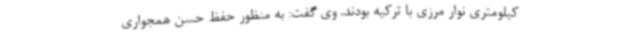
کیلومتری نوار مرزی با ترکیه بودند. وی گفت: به منظور حفظ حسن همجواری